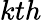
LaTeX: kth